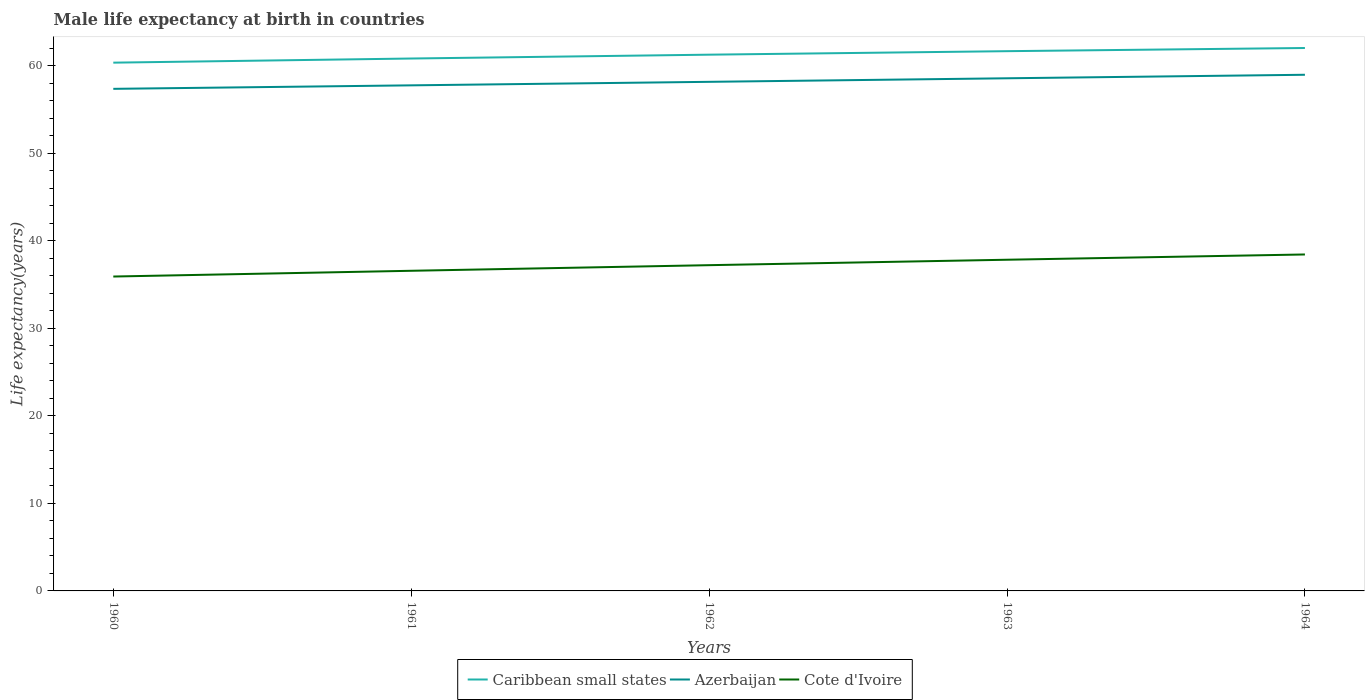
| Years | Caribbean small states | Azerbaijan | Cote d'Ivoire |
 | --- | --- | --- | --- |
 | 1960 | 60.3 | 57.3 | 35.9 |
 | 1961 | 60.8 | 57.7 | 36.6 |
 | 1962 | 61.2 | 58.1 | 37.2 |
 | 1963 | 61.6 | 58.6 | 37.8 |
 | 1964 | 62 | 59 | 38.4 |